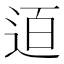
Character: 𨒹